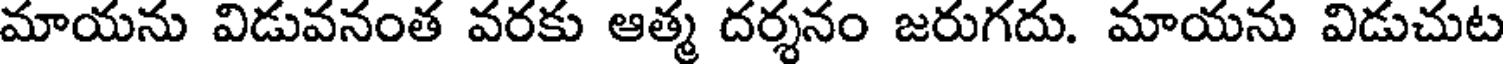
మాయను విడువనంత వరకు ఆత్మ దర్శనం జరుగదు. మాయను విడుచుట